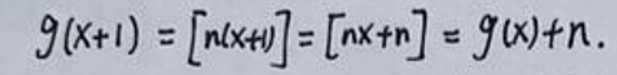
\[
g(x + 1)=[n(x + 1)]=[nx + n]=g(x)+n.
\]